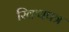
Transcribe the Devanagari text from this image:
रिक्थपत्र